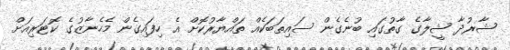
ޝާރުދާ ޝީލާގެ ގާތުގައި ބުނެގެން ސައިތަބަކެއް ތައްޔާރުކޮށް އެ ހިފައިގެން މެހެނާޒުގެ ކޮޓަރިއަށް